Report on the working of the Ranchi Indian Mental Hospital, Kanke, in Bihar and Orissa - 1930-1940
Year: 1930
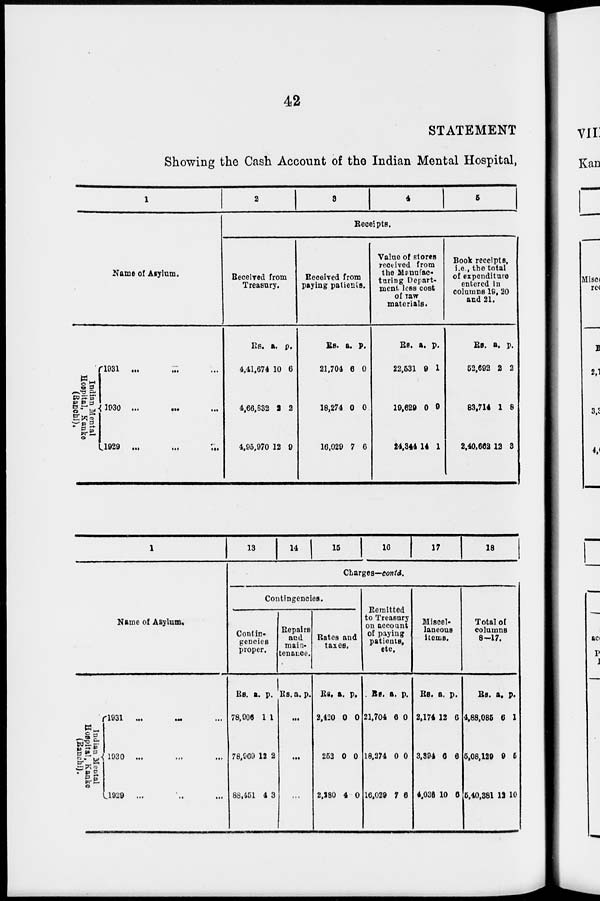
42
STATEMENT
Showing the Cash Account of the Indian Mental Hospital,
1
Name of Asylum.
Indian Mental
Hospital, Kanke
(Ranchi).
1931 ... ... ...
1930 ... ... ...
1929
...
...
...
2
3
4
5
Receipts.
Received from
Treasury.
Rs.
4,41,674
4,66,832
4,95,970
a.
10
2
12
p.
6
2
9
Received from
paying patients.
Rs.
21,704
18,274
16,029
a.
6
0
7
p.
0
0
6
Value of stores
received from
the Manufac-
turing Depart-
ment less cost
of raw
materials.
Rs.
22,531
19,629
24,344
a.
9
0
14
p.
1
9
1
Book receipts,
i.e., the total
of expenditure
entered in
columns 19, 20
and 21.
Rs.
52,692
83,714
2,40,662
a.
2
1
12
p.
2
8
3
1
Name of Asylum.
Indian Mental
Hospital, Kanke
(Ranchi).
1931 ... ... ...
1930 ... ... ...
1929 ... ... ...
13 14 15 16 1 7 18
Charges—contd.
Contingencies.
Contin-
gencies
proper.
Rs.
78,906
78,969
88,451
a.
1
12
4
p.
1
2
3
Repairs
and
main-
tenance.
Rs. a. p.
...
...
...
Rates and
taxes.
Rs.
2,420
252
2,280
a.
0
0
4
p.
0
0
0
Remitted
to Treasury
on account
of paying
patients,
etc.
Rs.
21,704
18,274
16,029
a.
6
0
7
p.
0
0
6
Miscel-
laneous
items.
Rs.
2,174
3,394
4,036
a.
12
6
10
p.
6
6
6
Total of
columns
8-17.
Rs.
4,88,085
5,08,129
5,40,381
a.
6
9
12
p.
1
5
10